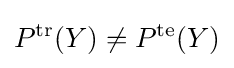
P^{\text{tr}}(Y)\neq P^{\text{te}}(Y)